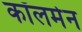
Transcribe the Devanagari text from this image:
कॉलमेन